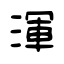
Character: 渾